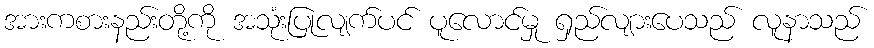
အားကစားနည်းတို့ကို အသုံးပြုလျက်ပင် ပူလောင်မှု ရှည်လျားပေသည် လူနာသည်